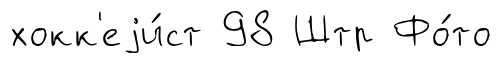
хокк'еjи́ст 98 Штр Фо́то